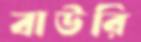
বাউরি